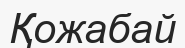
Қожабай